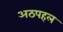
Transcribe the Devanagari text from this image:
अठपहल